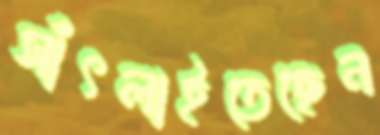
সাঁৎলাইতেছেন